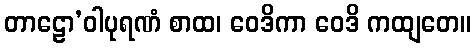
တာဠော’ဝါပုရဏံ စာထ၊ ဝေဒိကာ ဝေဒိ ကထျတေ။